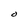
Character: O